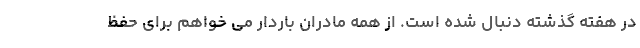
در هفته گذشته دنبال شده است. از همه مادران باردار می خواهم برای حفظ